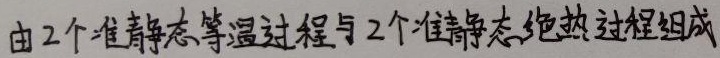
由 2 个准静态等温过程与 2 个准静态绝热过程组成